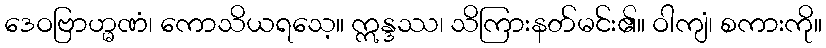
ဒေဝဗြာဟ္မဏံ၊ ကောသိယရသေ့။ ဣန္ဒဿ၊ သိကြားနတ်မင်း၏။ ဝါကျံ၊ စကားကို။